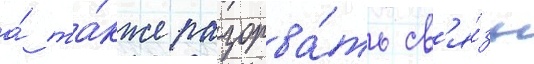
а́ та́кже разорва́ть св'я́зь